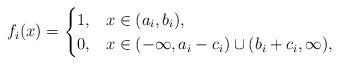
LaTeX: \begin{align*}f_{i}(x)=\begin{cases}1, & x\in(a_{i},b_{i}),\\0, & x\in(-\infty,a_{i}-c_{i})\cup(b_{i}+c_{i},\infty),\end{cases}\end{align*}